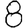
Digit: 8